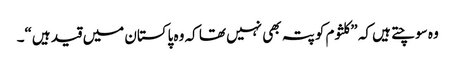
وہ سوچتے ہیں کہ ”کلثوم کو پتہ بھی نہیں تھا کہ وہ پاکستان میں قید ہیں“۔